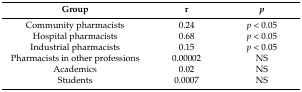
| Group | r | p |
 | --- | --- | --- |
 | Community pharmacists | 0.24 | p < 0.05 |
 | Hospital pharmacists | 0.68 | p < 0.05 |
 | Industrial pharmacists | 0.15 | p < 0.05 |
 | Pharmacists in other professions | 0.00002 | NS |
 | Academics | 0.02 | NS |
 | Students | 0.0007 | NS |